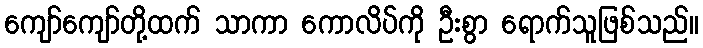
ကျော်ကျော်တို့ထက် သာကာ ကောလိပ်ကို ဦးစွာ ရောက်သူဖြစ်သည်။